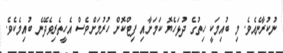
ނުކުރާނެއެވެ. މި ބުއިމަކީ ހިތުގެ ދުޅަހެޔޮ ކަމަށާއި ފިޓްކޮށް ހުރުމަށްވެސް އެހީތެރިވެދޭނެ ބުއިމެކެވެ.